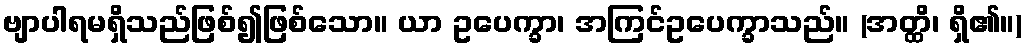
ဗျာပါရမရှိသည်ဖြစ်၍ဖြစ်သော။ ယာ ဥပေက္ခာ၊ အကြင်ဥပေက္ခာသည်။ (အတ္ထိ၊ ရှိ၏။)